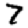
Digit: 7